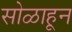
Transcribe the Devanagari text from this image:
सोळाहून